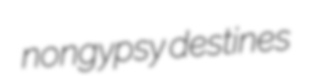
nongypsy destines